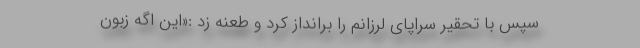
سپس با تحقیر سراپای لرزانم را برانداز کرد و طعنه زد :«این اگه زبون